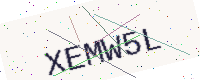
Text: XEMW5L